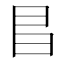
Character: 𫡆